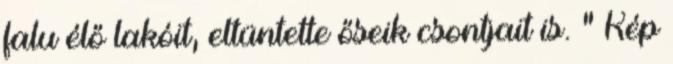
falu élő lakóit, eltüntette őseik csontjait is. " Kép